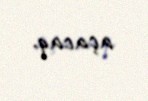
açacaq.